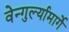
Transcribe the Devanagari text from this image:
वेन्गुर्ल्यामार्गे